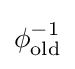
\phi _{\mathrm {old} }^{-1}